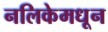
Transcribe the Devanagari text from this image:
नलिकेमधून